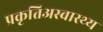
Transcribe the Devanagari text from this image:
प्रकृतिअस्वास्थ्य